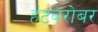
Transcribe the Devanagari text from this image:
हंटबरोबर